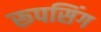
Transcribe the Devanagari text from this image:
रूपसिंग